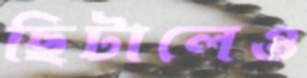
ছিটালেও